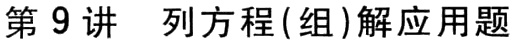
第9讲 列方程(组)解应用题